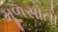
મૂળસોતો